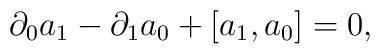
\partial_0 a_1 -  \partial_1 a_0 + [a_1,  a_0] = 0,